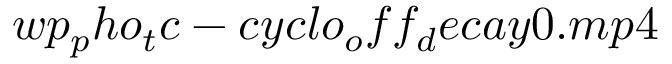
w p _ { p } h o _ { t } c - c y c l o _ { o } f f _ { d } e c a y 0 . m p 4